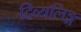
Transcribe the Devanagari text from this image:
दिव्यलिङ्ग